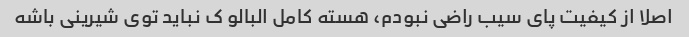
اصلا از کیفیت پای سیب راضی نبودم، هسته کامل البالو ک نباید توی شیرینی باشه